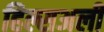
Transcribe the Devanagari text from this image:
हिल्सअर्ली